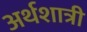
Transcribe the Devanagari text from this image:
अर्थशात्री